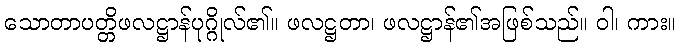
သောတာပတ္တိဖလဋ္ဌာန်ပုဂ္ဂိုလ်၏။ ဖလဋ္ဌတာ၊ ဖလဋ္ဌာန်၏အဖြစ်သည်။ ဝါ၊ ကား။